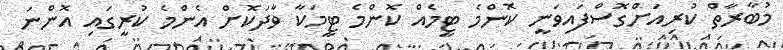
މުބާރާތް ކުރިއަށްގޮސްފައިވަނީ ކޮންމެ ޓީމެއް ކޮންމެ ޓީމަކާ ވާދަކޮށް އެންމެ ކުރީގައި އޮންނަ